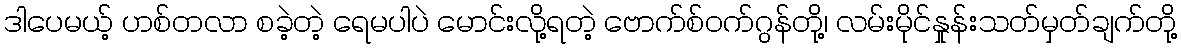
ဒါပေမယ့် ဟစ်တလာ စခဲ့တဲ့ ရေမပါပဲ မောင်းလို့ရတဲ့ ဗောက်စ်ဝက်ဂွန်တို့၊ လမ်းမိုင်နှုန်းသတ်မှတ်ချက်တို့